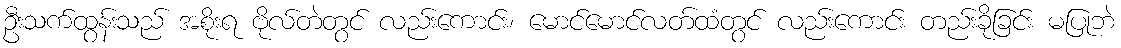
ဦးသက်ထွန်းသည် အစိုးရ ဗိုလ်တဲတွင် လည်းကောင်း၊ မောင်မောင်လတ်ထံတွင် လည်းကောင်း တည်းခိုခြင်း မပြုဘဲ